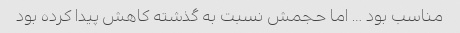
مناسب بود … اما حجمش نسبت به گذشته کاهش پیدا کرده بود